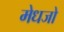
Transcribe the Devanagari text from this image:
मेधजो